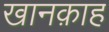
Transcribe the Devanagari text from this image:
खानक़ाह